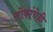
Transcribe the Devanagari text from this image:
लोकांचेही